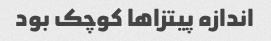
اندازه پیتزاها کوچک بود